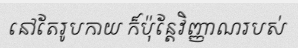
នៅតែរូបកាយ ក៏ប៉ុន្តែវិញ្ញាណរបស់